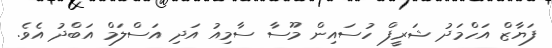
ފަޔާޒް އަހްމަދު ޝަރީފް ހުސައިން މޫސާ ސާމިއު އަދި އަސްލަމް އަބްދު އެވެ.